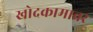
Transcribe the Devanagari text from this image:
खोदकामावर